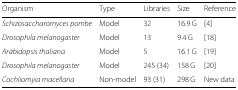
| Organism | Type | Libraries | Size | Reference |
 | --- | --- | --- | --- | --- |
 | Schizosaccharomyces pombe | Model | 32 | 16.9 G | [4] |
 | Drosophila melanogaster | Model | 13 | 9.4 G | [18] |
 | Arabidopsis thaliana | Model | 5 | 16.1 G | [19] |
 | Drosophila melanogaster | Model | 245 (34) | 158 G | [20] |
 | Cochliomyia macellaria | Non-model | 93 (31) | 298 G | New data |